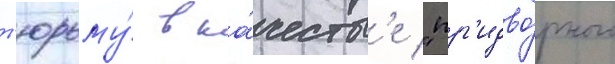
т'юрьму́ в ка́честв'е "пр'идво́рного